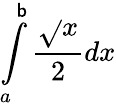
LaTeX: \int\limits_{a}^{\mathsf{b}}\frac{{\sqrt{}{{x}}}}{{2}}dx